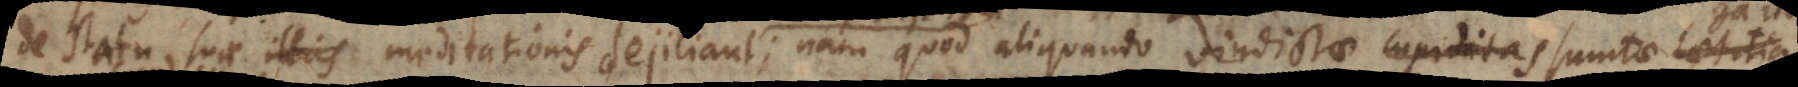
de statu suae meditationis dejiciant; nam quod aliquando vindictae sumtae gaudium,